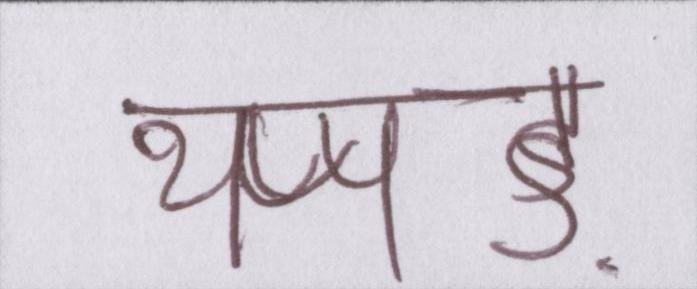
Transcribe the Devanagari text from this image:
थप्पड़